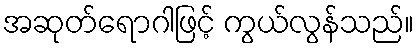
အဆုတ်ရောဂါဖြင့် ကွယ်လွန်သည်။